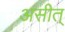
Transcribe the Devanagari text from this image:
असीत्